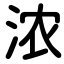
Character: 浓